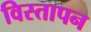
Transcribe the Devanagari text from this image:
विस्तापन